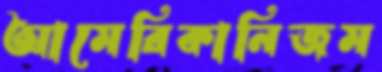
আমেরিকানিজম